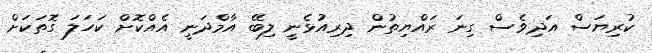
ކުރިޔަސް އަދިވެސް ގިނަ ރައްޔިތުން ދިރިއުޅެނީ ލިބޭ އާމްދަނީ އެއްކޮށް ކަހަލަ ގޮތަކަށް